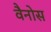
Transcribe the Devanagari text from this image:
वैनोस